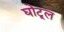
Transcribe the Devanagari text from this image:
घोटूल